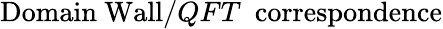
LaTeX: \mathrm{Domain~Wall}/QFT\, \, \, \mathrm{correspondence}